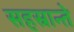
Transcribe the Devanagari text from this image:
सहस्रान्ते